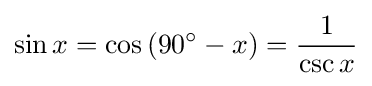
\sin x=\cos \left(90^{\circ }-x\right)={\frac {1}{\csc x}}